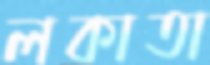
লকাতা